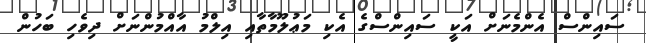
ސައިންސް އެންމެނަށް އަކީ ސައިންސްގެ އެކި މަޢުލޫމާތާއި އިލްމު އާއްމުންނަށް ދިވެހި ބަހުން